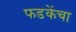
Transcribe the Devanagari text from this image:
फडकेंचा